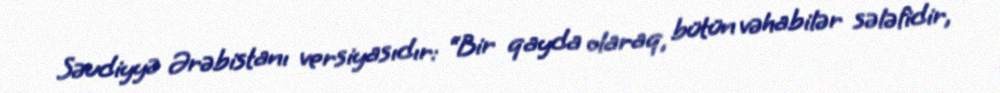
Səudiyyə Ərəbistanı versiyasıdır: “Bir qayda olaraq, bütün vəhabilər sələfidir,